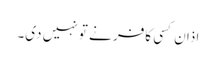
اذان کسی کافر نے تو نہیں دی۔